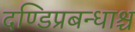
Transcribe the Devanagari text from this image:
दण्डिप्रबन्धाश्च